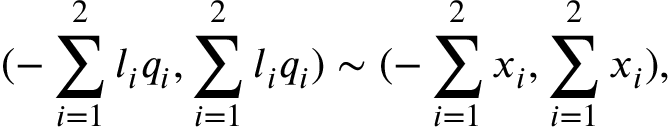
{ ( - \sum _ { i = 1 } ^ { 2 } { l _ { i } q _ { i } } , \sum _ { i = 1 } ^ { 2 } { l _ { i } q _ { i } } ) } \sim { ( - \sum _ { i = 1 } ^ { 2 } { x _ { i } } , \sum _ { i = 1 } ^ { 2 } { x _ { i } } ) } ,